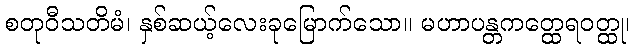
စတုဝီသတိမံ၊ နှစ်ဆယ့်လေးခုမြောက်သော။ မဟာပန္တကတ္ထေရဝတ္ထု၊